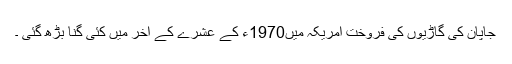
جاپان کی گاڑیوں کی فروخت امریکہ میں1970ء کے عشرے کے آخر میں کئی گنا بڑھ گئی ۔